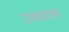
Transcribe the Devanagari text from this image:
उच्चतल